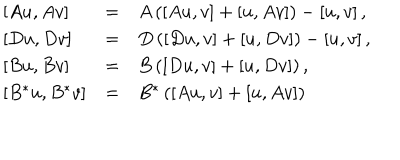
\begin{array} { } { { t ] { l l l } \left[ A u , A v \right] } } & { { = } } & { { A \left( \left[ A u , v \right] + \left[ u , A v \right] \right) - \left[ u , v \right] , } } \\ { { \left[ D u , D v \right] } } & { { = } } & { { D \left( \left[ D u , v \right] + \left[ u , D v \right] \right) - \left[ u , v \right] , } } \\ { { \left[ B u , B v \right] } } & { { = } } & { { B \left( \left[ D u , v \right] + \left[ u , D v \right] \right) , } } \\ { { \left[ B ^ { * } u , B ^ { * } v \right] } } & { { = } } & { { B ^ { * } \left( \left[ A u , v \right] + \left[ u , A v \right] \right) } } \\ \end{array}